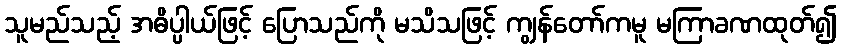
သူမည်သည့် အဓိပ္ပါယ်ဖြင့် ပြောသည်ကို မသိသဖြင့် ကျွန်တော်ကမူ မကြာခဏထုတ်၍